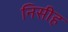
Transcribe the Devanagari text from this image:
निसीह